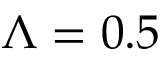
\Lambda = 0 . 5